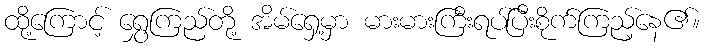
ထို့ကြောင့် ရွှေကြည်တို့ အိမ်ရှေ့မှာ မားမားကြီးရပ်ပြီးစိုက်ကြည့်နေ၏။